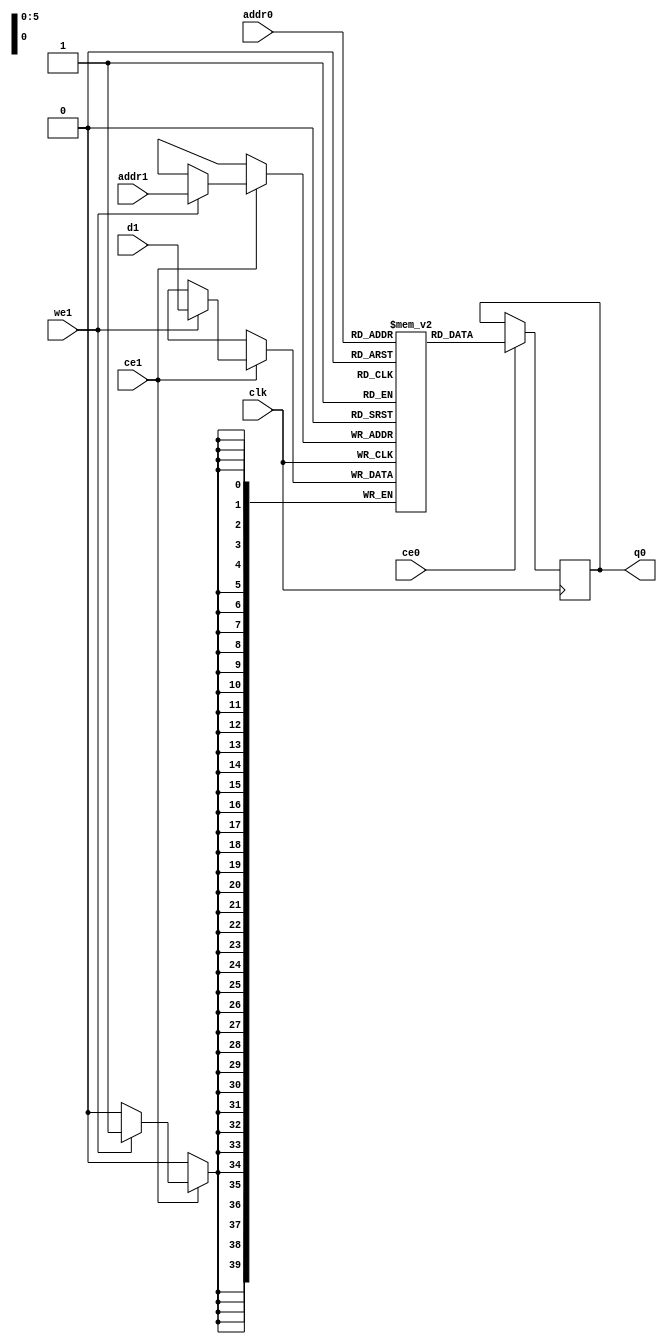
// ==============================================================
// Vivado(TM) HLS - High-Level Synthesis from C, C++ and SystemC v2020.1 (64-bit)
// Copyright 1986-2020 Xilinx, Inc. All Rights Reserved.
// ==============================================================
`timescale 1 ns / 1 ps
module ConvolutionInputGenerator1D_2_ConvolutionInputGbkb_ram (addr0, ce0, q0, addr1, ce1, d1, we1,  clk);

parameter DWIDTH = 40;
parameter AWIDTH = 6;
parameter MEM_SIZE = 37;

input[AWIDTH-1:0] addr0;
input ce0;
output reg[DWIDTH-1:0] q0;
input[AWIDTH-1:0] addr1;
input ce1;
input[DWIDTH-1:0] d1;
input we1;
input clk;

(* ram_style = "distributed" *)reg [DWIDTH-1:0] ram[0:MEM_SIZE-1];




always @(posedge clk)  
begin 
    if (ce0) begin
        q0 <= ram[addr0];
    end
end


always @(posedge clk)  
begin 
    if (ce1) begin
        if (we1) 
            ram[addr1] <= d1; 
    end
end


endmodule

`timescale 1 ns / 1 ps
module ConvolutionInputGenerator1D_2_ConvolutionInputGbkb(
    reset,
    clk,
    address0,
    ce0,
    q0,
    address1,
    ce1,
    we1,
    d1);

parameter DataWidth = 32'd40;
parameter AddressRange = 32'd37;
parameter AddressWidth = 32'd6;
input reset;
input clk;
input[AddressWidth - 1:0] address0;
input ce0;
output[DataWidth - 1:0] q0;
input[AddressWidth - 1:0] address1;
input ce1;
input we1;
input[DataWidth - 1:0] d1;



ConvolutionInputGenerator1D_2_ConvolutionInputGbkb_ram ConvolutionInputGenerator1D_2_ConvolutionInputGbkb_ram_U(
    .clk( clk ),
    .addr0( address0 ),
    .ce0( ce0 ),
    .q0( q0 ),
    .addr1( address1 ),
    .ce1( ce1 ),
    .we1( we1 ),
    .d1( d1 ));

endmodule